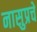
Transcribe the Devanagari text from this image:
नासुप्रचे